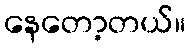
နေတော့တယ်။